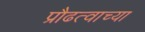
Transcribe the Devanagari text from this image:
प्रौढत्वाच्या